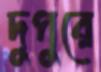
দুপুরে